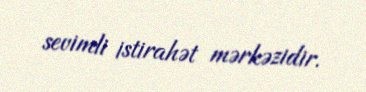
sevimli istirahət mərkəzidir.